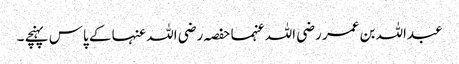
عبداللہ بن عمر رضی اللہ عنہما حفصہ رضی اللہ عنہا کے پاس پہنچے ۔